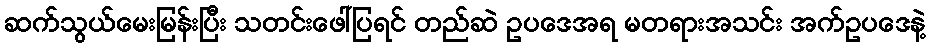
ဆက်သွယ်မေးမြန်းပြီး သတင်းဖေါ်ပြရင် တည်ဆဲ ဥပဒေအရ မတရားအသင်း အက်ဥပဒေနဲ့